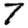
Digit: 7